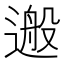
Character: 𨕴